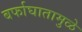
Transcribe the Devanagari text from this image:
बर्फाघातामुळे